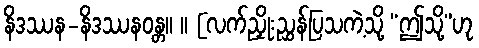
နိဒဿန-နိဒဿနဝန္တ။ ။ [လက်ညှိုးညွှန်ပြသကဲ့သို့ “ဤသို့”ဟု